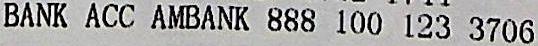
BANK ACC AMBANK 888 100 123 3706